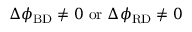
\Delta \phi _ { \mathrm { B D } } \neq 0 \ \mathrm { o r } \ \Delta \phi _ { \mathrm { R D } } \neq 0